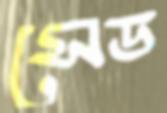
সেড